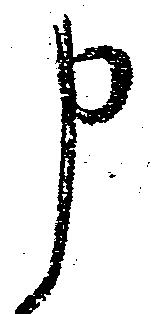
申